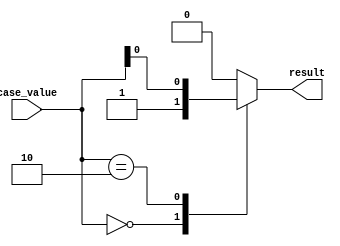
module case_statement_example(
    input wire [1:0] case_value,
    output reg result
);

initial begin
    case (case_value)
        2'b00: result = 1; // When case_value is 00
        2'b01: result = 0; // When case_value is 01
        2'b10: result = case_value[0]; // When case_value is 10
        default: result = 0; // Default case
    endcase
end

endmodule